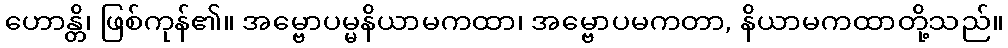
ဟောန္တိ၊ ဖြစ်ကုန်၏။ အမ္ဗောပမ္မနိယာမကထာ၊ အမ္ဗောပမကတာ, နိယာမကထာတို့သည်။